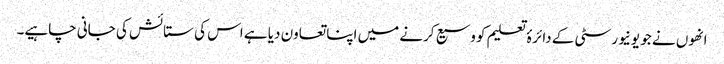
انھوں نے جو یونیورسٹی کے دائرۂ تعلیم کو وسیع کرنے میں اپنا تعاون دیا ہے اس کی ستائش کی جانی چاہیے۔